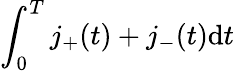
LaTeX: \int_{0}^{T}j_{+}(t)+j_{-}(t)\mathrm{d}t